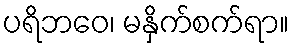
ပရိဘဝေ၊ မနှိက်စက်ရာ။